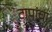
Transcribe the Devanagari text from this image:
टापांचा